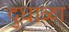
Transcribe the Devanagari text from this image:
दुधाळा